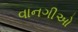
વાનગીઓ